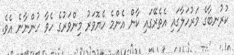
ކުރުނބާގެ މަރުހަލާގައި އެތެރޭގައި ކާން އެންމެ ހެޔޮވަރު މިންވަރުގެ ހެވާ ހުންނާނެ އެވެ.